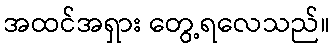
အထင်အရှား တွေ့ရလေသည်။